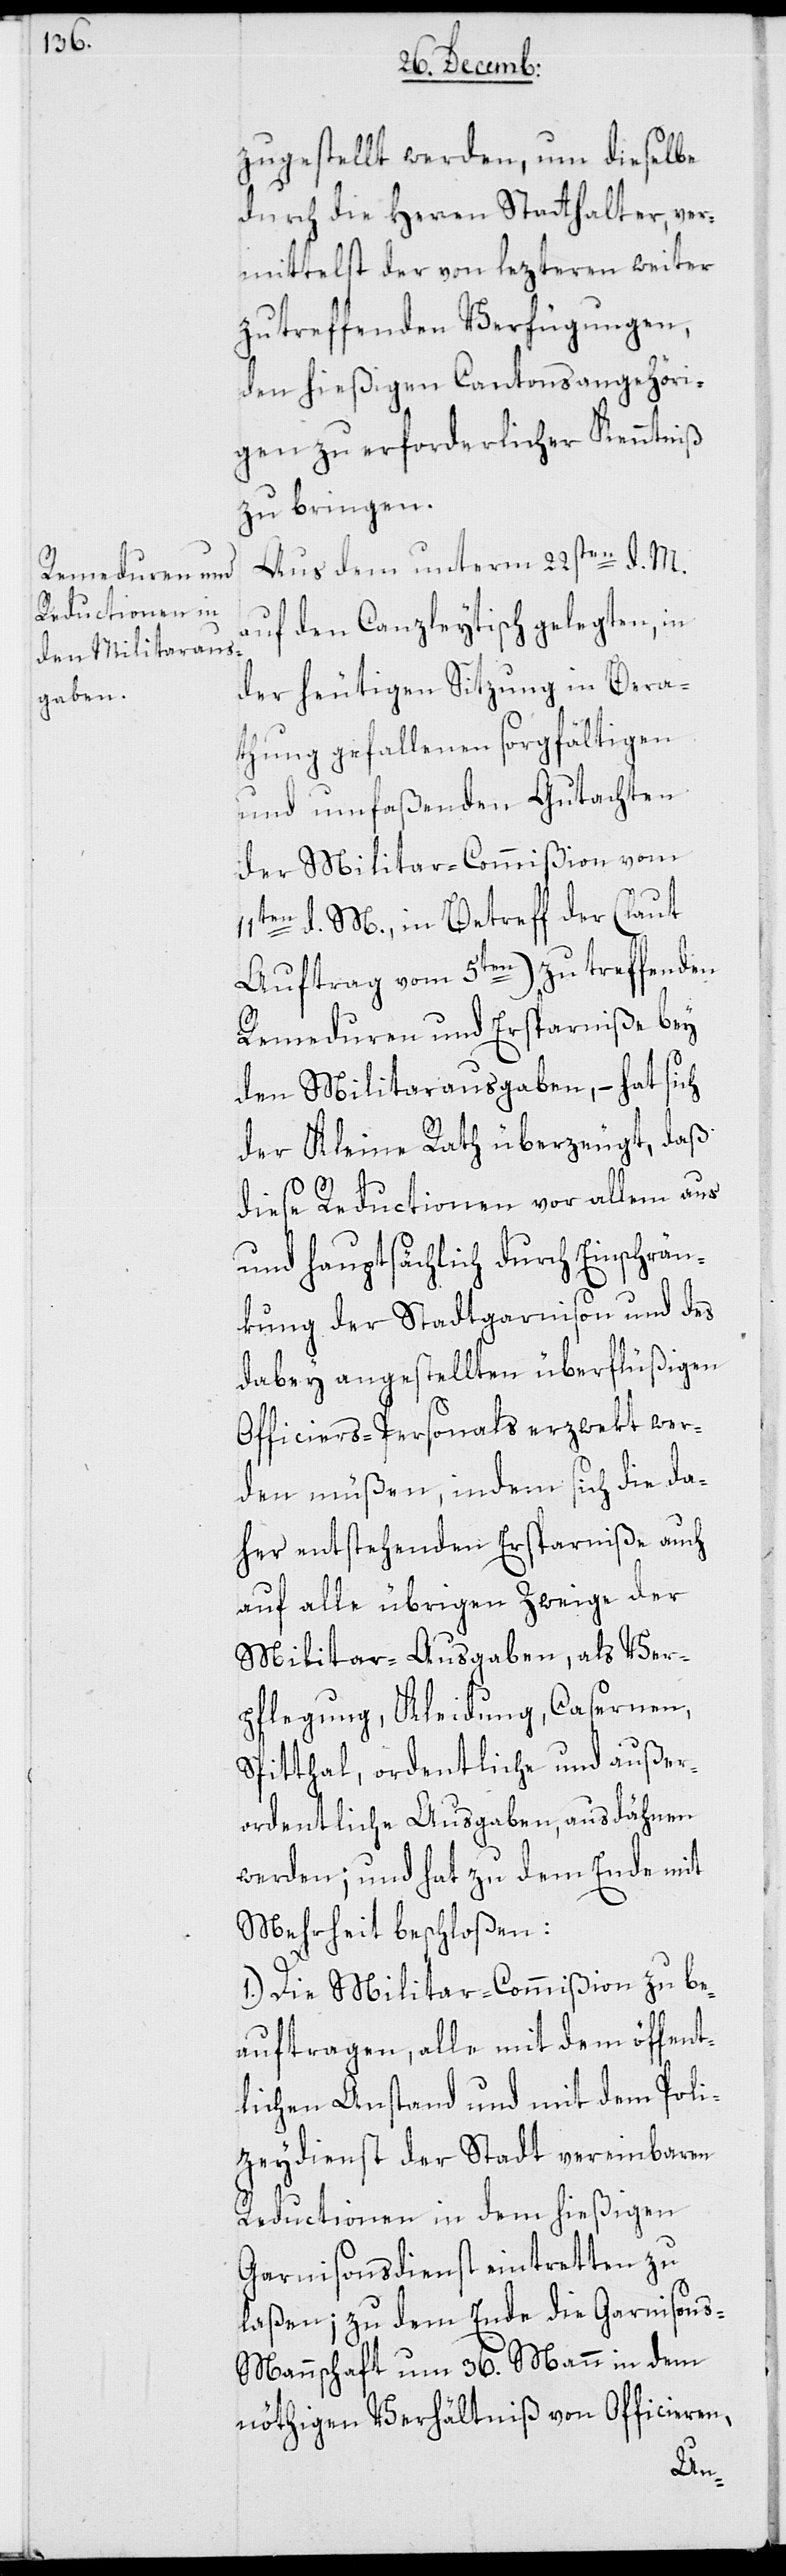
zugestellt werden, um dieselbe
durch die Herren Statthalter, ver¬
mittelst der von lezteren weiter
zu treffenden Verfügungen,
den hießigen Cantonsangehöri¬
gen zu erforderlicher Kenntniß
zu bringen.
Aus dem unterm 22sten d. M.
auf den Canzleytisch gelegten, in
der heutigen Sitzung in Bera¬
thung gefallenen sorgfältigen
und umfaßenden Gutachten
der Militar-Commißion vom
11ten d. M., in Betreff der (laut
Auftrag vom 5ten) zu treffenden
Remeduren und Ersparniße bey
den Militarausgaben, – hat sich
der Kleine Rath überzeugt, daß
diese Reductionen vor allem aus
und hauptsächlich durch Einschrän¬
kung der Stadtgarnison und des
dabey angestellten überflüßigen
Officiers-Personals erzwekt wer¬
den müßen, indem sich die da¬
her entstehenden Ersparniße auch
auf alle übrigen Zweige der
Militar-Ausgaben, als Ver¬
pflegung, Kleidung, Casernen,
Spitthal, ordentliche und außer¬
ordentliche Ausgaben, ausdähnen
werden; und hat zu dem Ende mit
Mehrheit beschloßen:
1.) Die Militar-Commißion zu be¬
auftragen, alle mit dem öffent¬
lichen Anstand und mit dem Poli¬
zeydienst der Stadt vereinbaren
Reductionen in dem hießigen
Garnisonsdienst eintretten zu
laßen; zu dem Ende die Garnison¬
s-Mannschaft um 36. Mann in dem
nöthigen Verhältniß von Officieren,